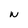
Character: W